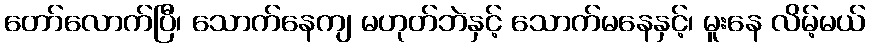
တော်လောက်ပြီ၊ သောက်နေကျ မဟုတ်ဘဲနှင့် သောက်မနေနှင့်၊ မူးနေ လိမ့်မယ်